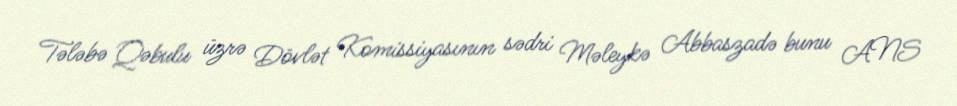
Tələbə Qəbulu üzrə Dövlət Komissiyasının sədri Məleykə Abbaszadə bunu ANS